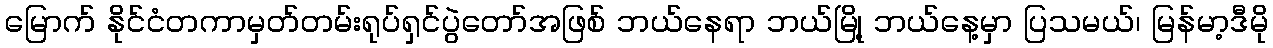
မြောက် နိုင်ငံတကာမှတ်တမ်းရုပ်ရှင်ပွဲတော်အဖြစ် ဘယ်နေရာ ဘယ်မြို့ ဘယ်နေ့မှာ ပြသမယ်၊ မြန်မာ့ဒီမို